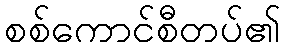
စစ်ကောင်စီတပ်၏